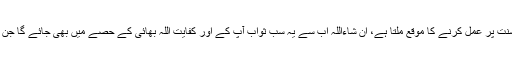
دن میں کئی بار اس سنت پر عمل کرنے کا موقع ملتا ہے، ان شاءاللہ اب سے یہ سب ثواب آپ کے اور کفایت اللہ بھائی کے حصے میں بھی جائے گا جن کی کہ یہ تحریر ہے۔